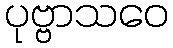
ပုဗ္ဗာသဝေ